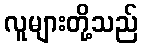
လူများတို့သည်